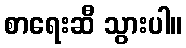
စာရေးဆီ သွားပါ။